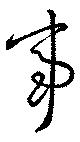
事